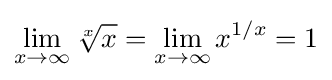
\lim _{x\to \infty }{\sqrt[{x}]{x}}=\lim _{x\to \infty }{x}^{1/x}=1